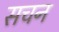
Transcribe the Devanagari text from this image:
सचन